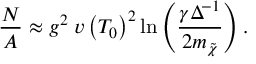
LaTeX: \frac { { \cal N } } { A } \approx g ^ { 2 } \; v \left( T _ { 0 } \right) ^ { 2 } \mathrm { l n } \left( \frac { \gamma \Delta ^ { - 1 } } { 2 m _ { \tilde { \chi } } } \right) .